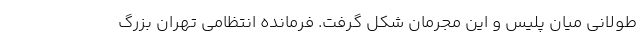
طولانی میان پلیس و این مجرمان شکل گرفت. فرمانده انتظامی تهران بزرگ